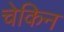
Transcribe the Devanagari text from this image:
चेकिन